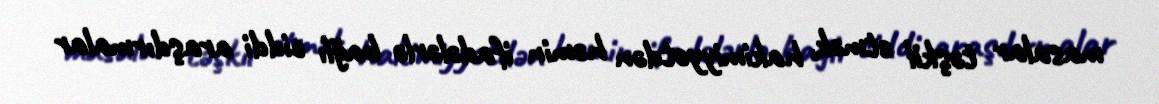
masalar təşkil etmək, hakimiyyətdən həmin ifadələrlə bağlı ciddi araşdırmalar